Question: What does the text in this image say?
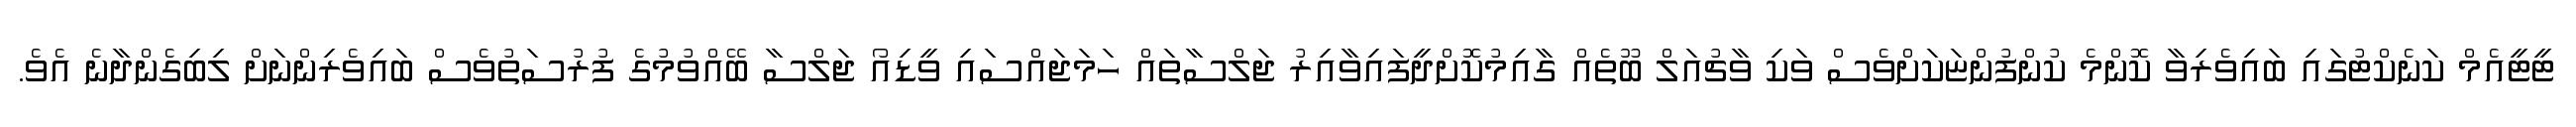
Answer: ޓީޓީއެމް ކަނެކްޓުގައި ބައިވެރިވާ ކޮންމެ ކުންފުންޏަކަށްވެސް ވަކި ވާޗުއަލް ބޫތެއް ގާއިމުކޮށްދީފައިވާއިރު ޖަލްސާތައް ހަމަޖައްސައި ވީޑިއޯ ޖަލްސާ ބޭއްވުމުގެ ފުރުސަތުވެސް ބައިވެރިންނަށް ލިބިގެންދާނެ އެވެ.